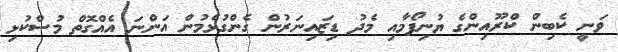
ވަނީ ކެބިން ކްރޫއިންގެ ޔުނިފޯމާއި މެދު ޑިޒައިނަރުން ގެންގުޅެމުން އަންނަ އެއްގޮތް މުސްކުޅި